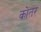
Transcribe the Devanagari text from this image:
कोतर